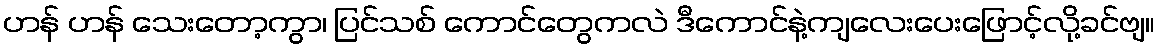
ဟန် ဟန် သေးတော့ကွာ၊ ပြင်သစ် ကောင်တွေကလဲ ဒီကောင်နဲ့ကျလေးပေးဖြောင့်လို့ခင်ဗျ။